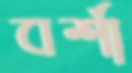
বর্শা